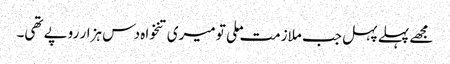
مجھے پہلے پہل جب ملازمت ملی تو میری تنخواہ دس ہزار روپے تھی۔